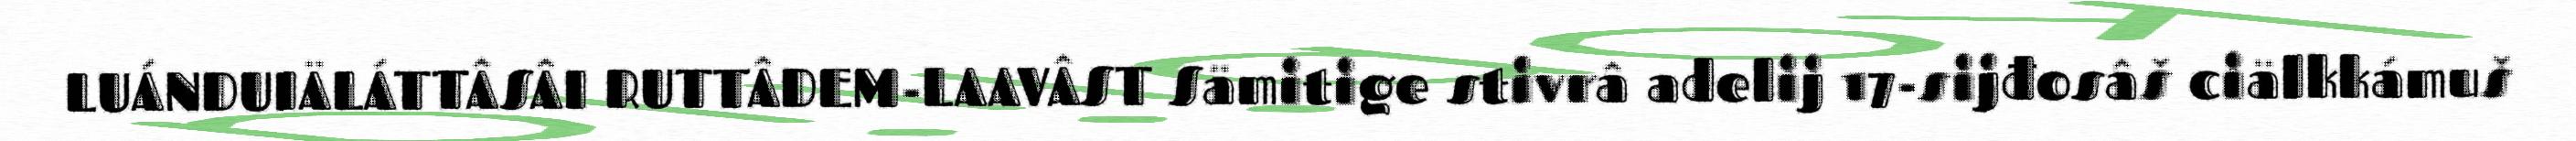
LUÁNDUIÄLÁTTÂSÂI RUTTÂDEM-LAAVÂST Sämitige stivrâ adelij 17-sijđosâš ciälkkámuš